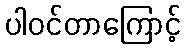
ပါဝင်တာကြောင့်